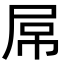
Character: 屌